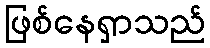
ဖြစ်နေရှာသည်